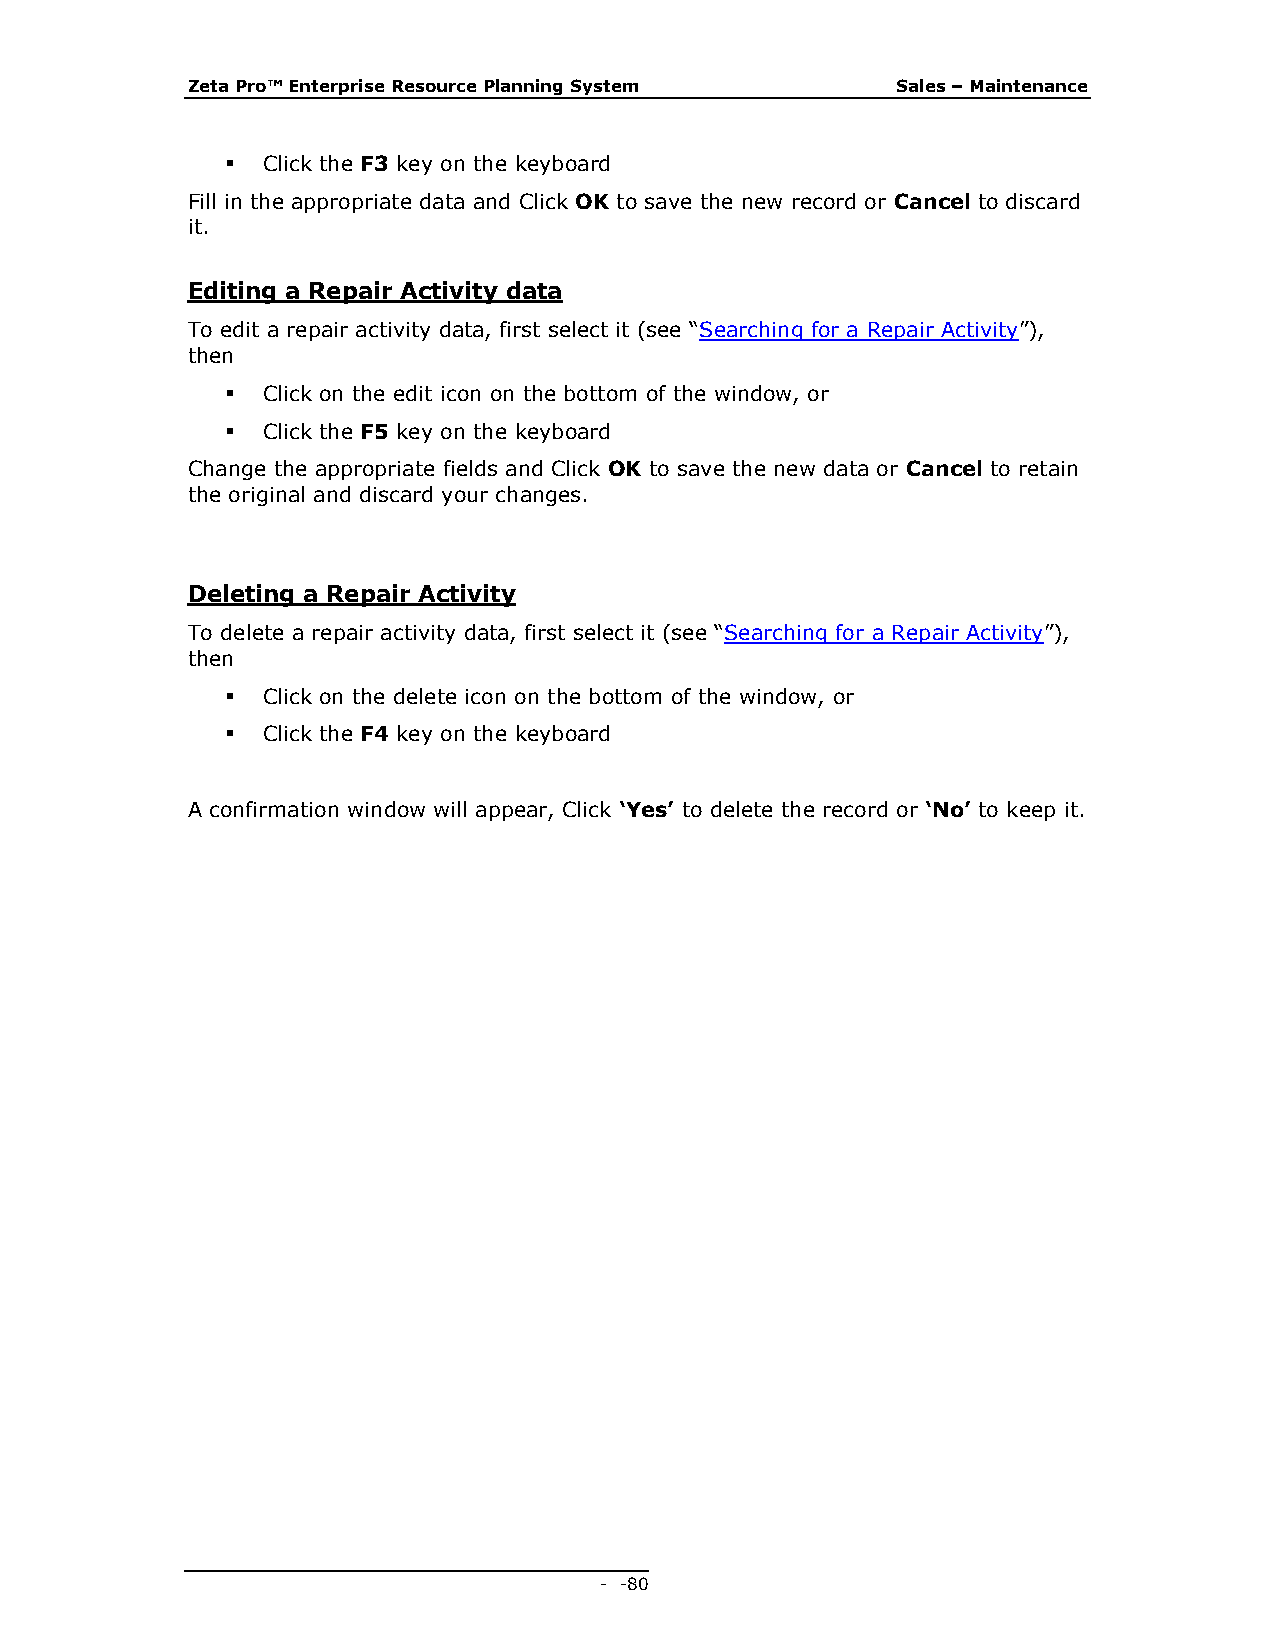
Zeta Pro™ Enterprise Resource Planning System  Sales – Maintenance
  Click the F3 key on the keyboard
 Fill in the appropriate data and Click OK to save the new record or Cancel to discard
 it.
 Editing a Repair Activity data
 To edit a repair activity data, first select it (see “Searching for a Repair Activity”),
 then
  Click on the edit icon on the bottom of the window, or
  Click the F5 key on the keyboard
 Change the appropriate fields and Click OK to save the new data or Cancel to retain
 the original and discard your changes.
 Deleting a Repair Activity
 To delete a repair activity data, first select it (see “Searching for a Repair Activity”),
 then
  Click on the delete icon on the bottom of the window, or
  Click the F4 key on the keyboard
 A confirmation window will appear, Click ‘Yes’ to delete the record or ‘No’ to keep it.
 - - 80